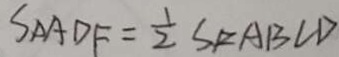
S _ { \Delta } A D F = \frac { 1 } { 2 } S / / o g r a m _ { \angle } A B C D